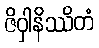
ဇိဝှါနိဿိတံ